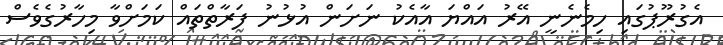
އެގުރޫޕުގައި ހިމެނެނީ އޭރު އައްޔަ އާއެކު ނަށަން އުޅުނު ފަރާތްތައް ކަމަށްވާ މިހާރުގެވެސް